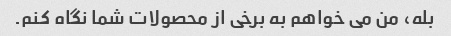
بله، من می خواهم به برخی از محصولات شما نگاه کنم.